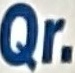
Qr.